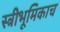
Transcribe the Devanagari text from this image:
स्त्रीभूमिकाच